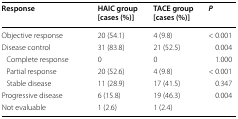
<table><thead><tr><td><b>Response</b></td><td><b>HAIC group [cases (%)]</b></td><td><b>TACE group [cases (%)]</b></td><td><b><i>P</i></b></td></tr></thead><tbody><tr><td>Objective response</td><td>20 (54.1)</td><td>4 (9.8)</td><td>&lt; 0.001</td></tr><tr><td>Disease control</td><td>31 (83.8)</td><td>21 (52.5)</td><td>0.004</td></tr><tr><td> Complete response</td><td>0</td><td>0</td><td>1.000</td></tr><tr><td> Partial response</td><td>20 (52.6)</td><td>4 (9.8)</td><td>&lt; 0.001</td></tr><tr><td> Stable disease</td><td>11 (28.9)</td><td>17 (41.5)</td><td>0.347</td></tr><tr><td>Progressive disease</td><td>6 (15.8)</td><td>19 (46.3)</td><td>0.004</td></tr><tr><td>Not evaluable</td><td>1 (2.6)</td><td>1 (2.4)</td><td></td></tr></tbody></table>